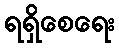
ရရှိစေရေး